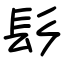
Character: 髟